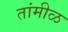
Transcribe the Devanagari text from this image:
तांमीळ